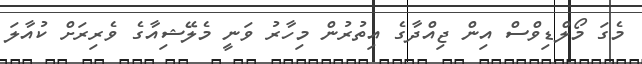
މެގަ މޯލްޑިވްސް އިން ޖިއްދާގެ އިތުރުން މިހާރު ވަނީ މެލޭޝިއާގެ ވެރިރަށް ކުއާލަ